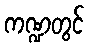
ကဏ္ဍတွင်